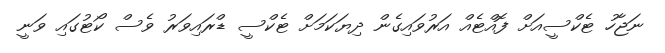
ނަޖާހު ޓެކްސީއަށް ފޮއްޓެއް އަރުވައިގެން ދިޔަކަމަށް ޓެކްސީ ޑްރައިވަރު ވެސް ކޯޓުގައި ވަނީ